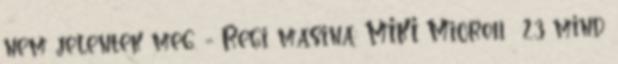
nem jelentek meg. - Regi masina: MIKI Micro11 23 mind